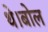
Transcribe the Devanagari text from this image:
थे।बोल